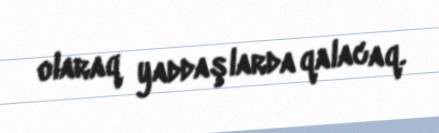
olaraq yaddaşlarda qalacaq.